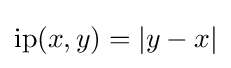
\operatorname {ip} (x,y)=|y-x|